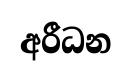
අරීධන